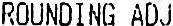
ROUNDING ADJ